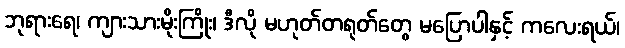
ဘုရားရေ၊ ကျားသားမိုးကြိုး၊ ဒီလို မဟုတ်တရုတ်တွေ မပြောပါနှင့် ကလေးရယ်၊